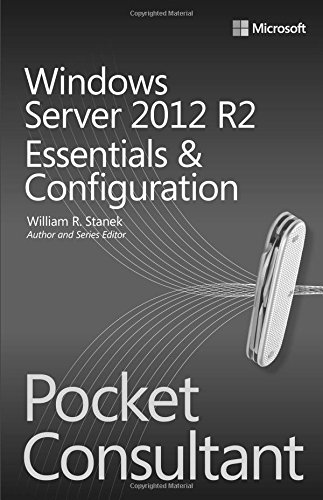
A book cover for Windows Server 2012 R2 Pocket Consultant Volume 1: Essentials & Configuration; William Stanek; Computers & Technology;